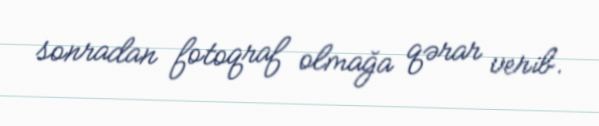
sonradan fotoqraf olmağa qərar verib.